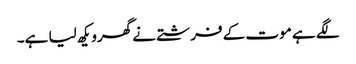
لگے ہے موت کے فرشتے نے گھرویکھ لیا ہے۔